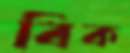
বিক